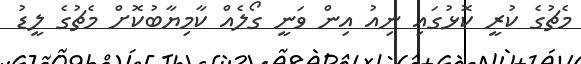
މެޗުގެ ކުރީ ކޮޅުގައި ނިއު އިން ވަނީ ގޯލެއް ކާމިޔާބުކޮށް މެޗުގެ ލީޑު